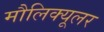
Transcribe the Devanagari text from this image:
मौलिक्यूलर